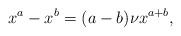
LaTeX: \begin{align*}x^a-x^b=(a-b)\nu x^{a+b},\end{align*}